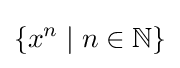
\left\{x^{n}\mid n\in \mathbb {N} \right\}